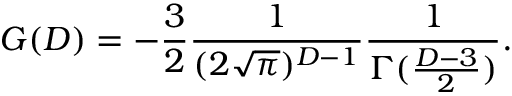
G ( D ) = - \frac { 3 } { 2 } \frac { 1 } { ( 2 \sqrt { \pi } ) ^ { D - 1 } } \frac { 1 } { \Gamma ( \frac { D - 3 } { 2 } ) } .